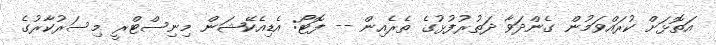
އަތޮޅަށް ކުރައްވަމުން ގެންދަވާ ދަތުރުފުޅުގެ ތެރެއިން -- ފޮޓޯ: އެޑިއެކޭޝަން މިނިސްޓްރީ މިސަރުކާރުގެ